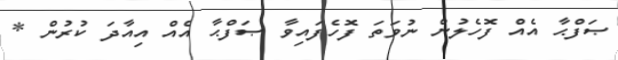
ޞަފްޙާ އެއް ފޮހެލުން ނުވަތަ ފޮހެފައިވާ ޞަފްޙާ އެއް އިއާދަ ކުރުން *